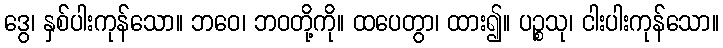
ဒွေ၊ နှစ်ပါးကုန်သော။ ဘဝေ၊ ဘဝတို့ကို။ ထပေတွာ၊ ထား၍။ ပဉ္စသု၊ ငါးပါးကုန်သော။